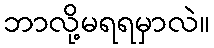
ဘာလို့မရရမှာလဲ။